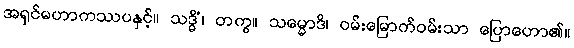
အရှင်မဟာကဿပနှင့်။ သဒ္ဓိံ၊ တကွ။ သမ္မောဒိ၊ ဝမ်းမြောက်ဝမ်းသာ ပြောဟော၏။